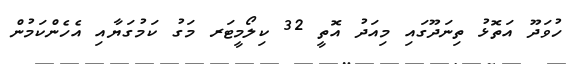
ހުވަދޫ އަތޮޅު ތިނަދޫގައި މިއަދު އޮތީ 32 ކިލޯމީޓަރ މަގު ކަމުގަޔާއި އެހެންކަމުން